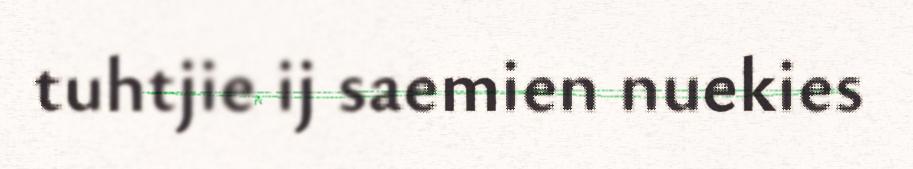
tuhtjie ij saemien nuekies